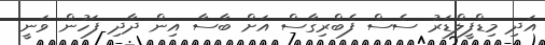
އަދި މިޑްފީލްޑަރު ސެސް ފެބްރިގާސް އަށް ބާސާ އިން ދާދި ފަހުން ވަނީ